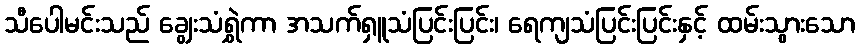
သီပေါမင်းသည် ချွေးသံရွှဲကာ အသက်ရှူသံပြင်းပြင်း၊ ရေကျသံပြင်းပြင်းနှင့် ထမ်းသွားသော